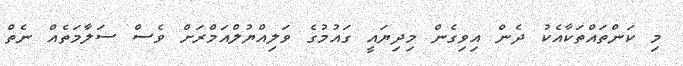
މި ކަންތައްތަކާއެކު ދެން އިވިގެން މިދިޔައީ ގައުމުގެ ވަލިއްޔުލްއަމްރަށް ވެސް ސަލާމަތެއް ނެތް